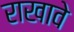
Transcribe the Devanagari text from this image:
राखावे